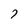
Character: 7